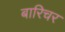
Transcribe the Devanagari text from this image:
बारिचर